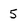
Character: 5